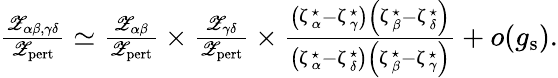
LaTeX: \begin{array}{r}{\frac{{\mathscr Z}_{\alpha\beta,\gamma\delta}}{{\mathscr Z}_{\mathrm{pert}}}\simeq\frac{{\mathscr Z}_{\alpha\beta}}{{\mathscr Z}_{\mathrm{pert}}}\times\frac{{\mathscr Z}_{\gamma\delta}}{{\mathscr Z}_{\mathrm{pert}}}\times\frac{\left(\upzeta_{\alpha}^{\star}-\upzeta_{\gamma}^{\star}\right)\left(\upzeta_{\beta}^{\star}-\upzeta_{\delta}^{\star}\right)}{\left(\upzeta_{\alpha}^{\star}-\upzeta_{\delta}^{\star}\right)\left(\upzeta_{\beta}^{\star}-\upzeta_{\gamma}^{\star}\right)}+o(g_{\mathrm{s}}).}\end{array}